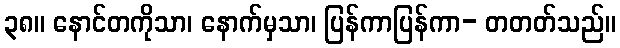
၃၈။ နောင်တကိုသာ၊ နောက်မှသာ၊ ပြန်ကာပြန်ကာ- တတတ်သည်။